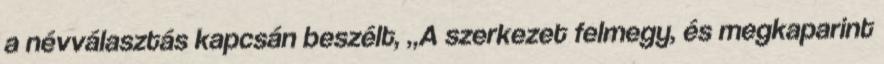
a névválasztás kapcsán beszélt, „A szerkezet felmegy, és megkaparint